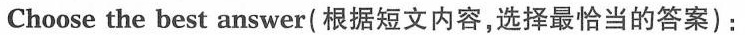
Choose the best answer(根据短文内容,选择最恰当的答案):